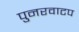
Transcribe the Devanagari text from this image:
पुनरवाटप